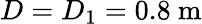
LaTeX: D=D_{1}=0.8\mathrm{~m}